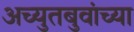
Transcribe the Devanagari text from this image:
अच्युतबुवांच्या